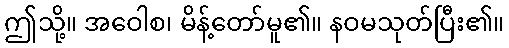
ဤသို့။ အဝေါစ၊ မိန့်တော်မူ၏။ နဝမသုတ်ပြီး၏။